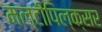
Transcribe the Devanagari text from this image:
मल्टीपिल्क्सर